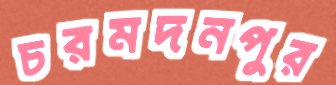
চরমদনপুর